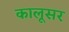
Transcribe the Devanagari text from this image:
कालूसर